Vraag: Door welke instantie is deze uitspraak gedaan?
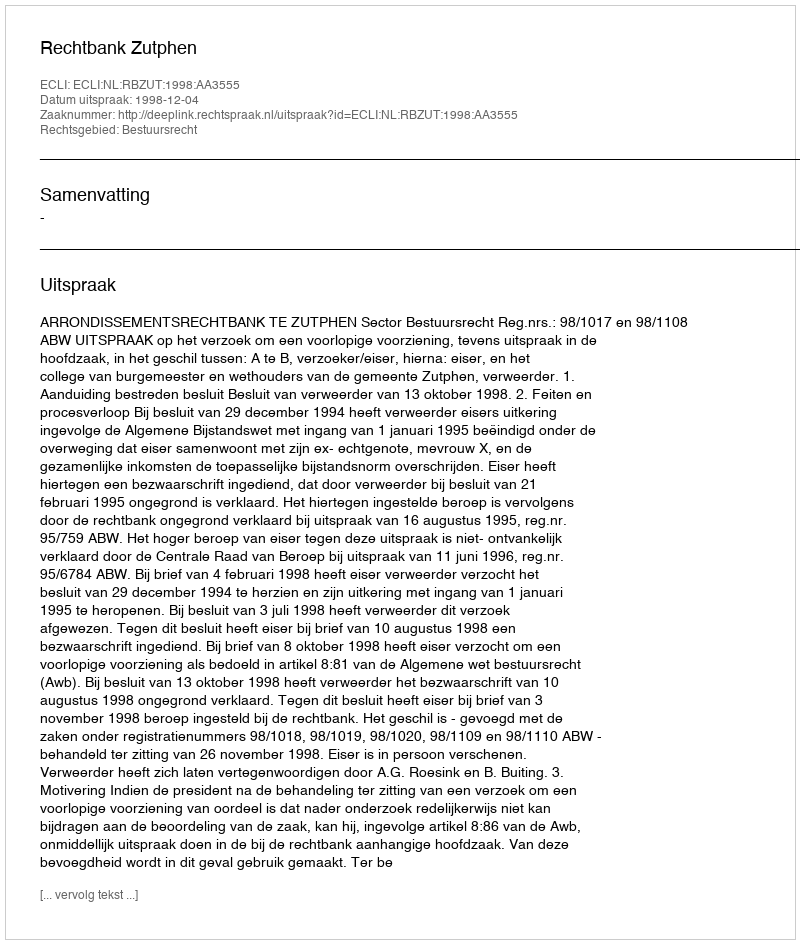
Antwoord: Rechtbank Zutphen